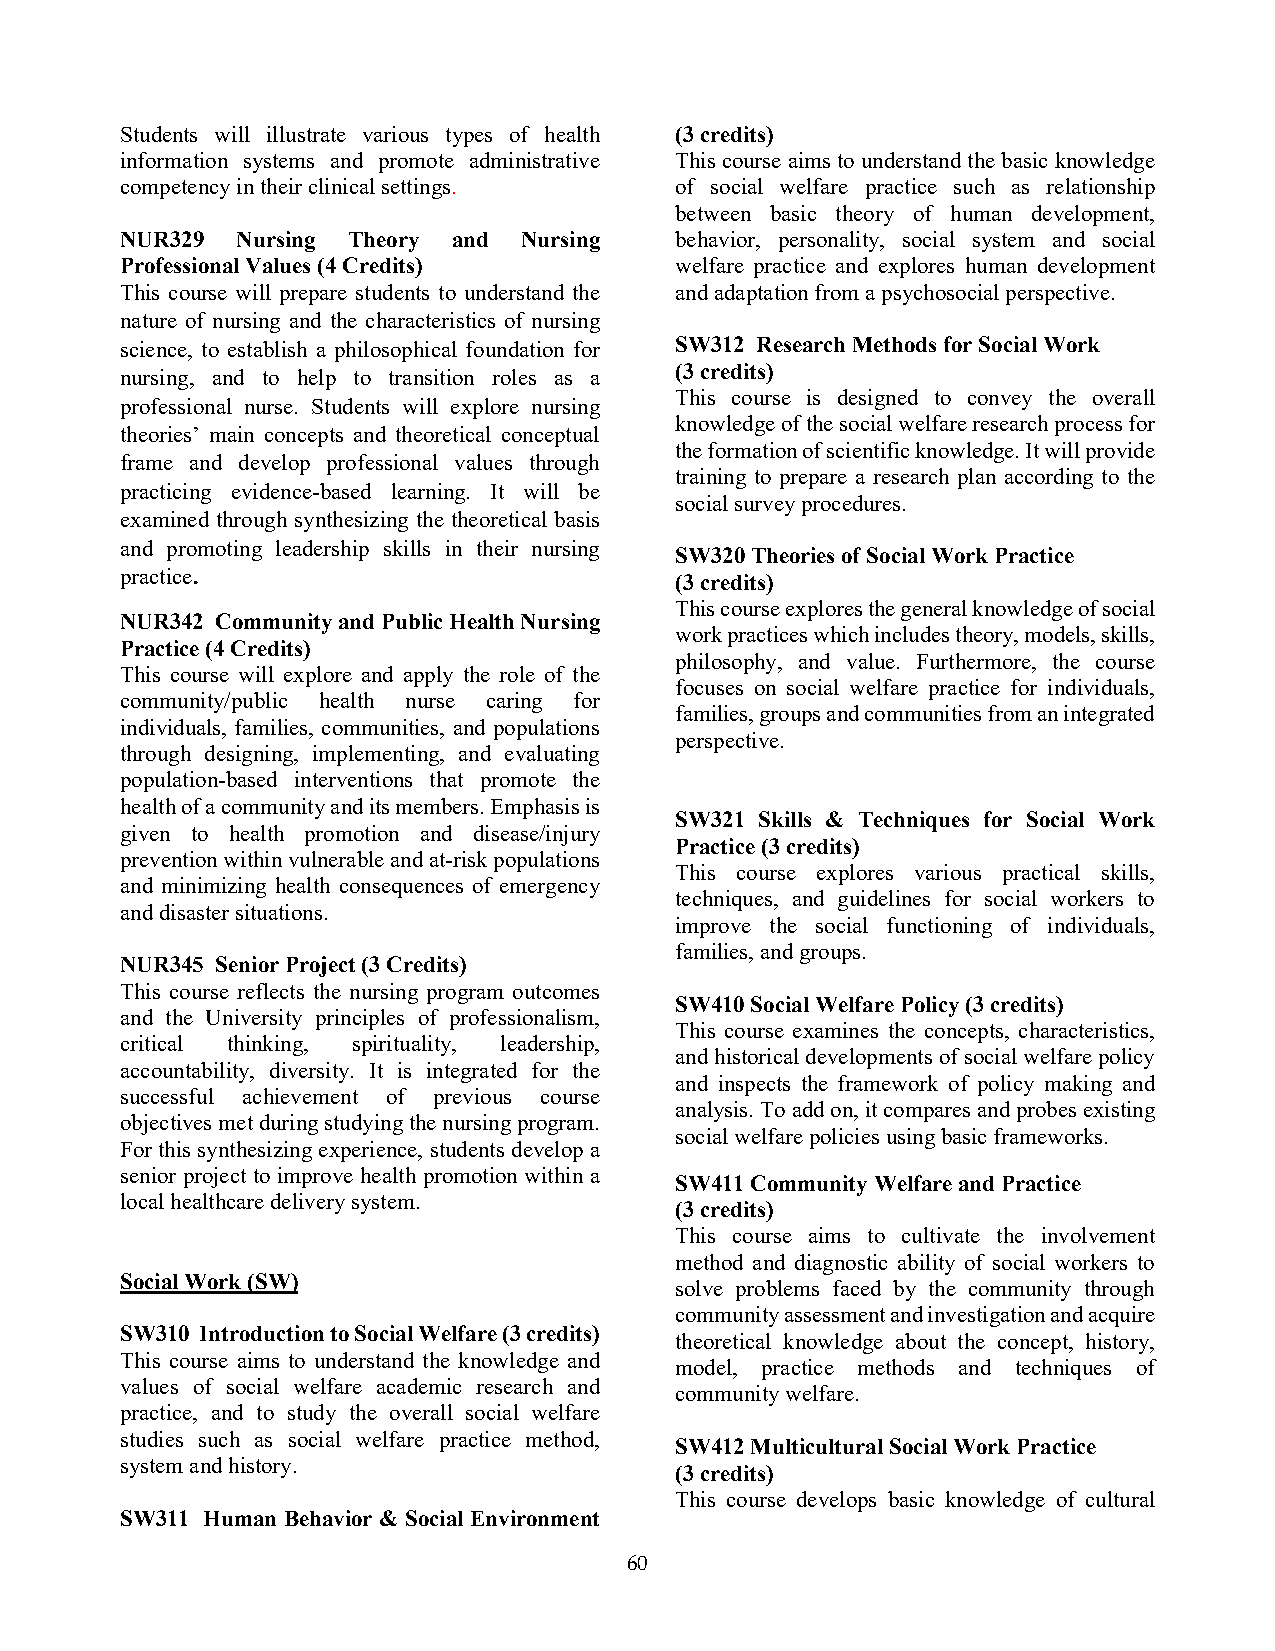
Students will illustrate various types of health (3 credits)
 information systems and promote administrative This course aims to understand the basic knowledge
 competency in their clinical settings. of social welfare practice such as relationship
 between basic theory of human development,
 NUR329  Nursing Theory and Nursing   behavior, personality, social system and social
 Professional Values (4 Credits)      welfare practice and explores human development
 This course will prepare students to understand the and adaptation from a psychosocial perspective.
 nature of nursing and the characteristics of nursing
 science, to establish a philosophical foundation for SW312 Research Methods for Social Work
 (3 credits)
 nursing, and to help to transition roles as a
 This course is designed to convey the overall
 professional nurse. Students will explore nursing
 knowledge of the social welfare research process for
 theories’ main concepts and theoretical conceptual
 the formation of scientific knowledge. It will provide
 frame and develop professional values through
 training to prepare a research plan according to the
 practicing evidence-based learning. It will be
 social survey procedures.
 examined through synthesizing the theoretical basis
 and promoting leadership skills in their nursing
 SW320 Theories of Social Work Practice
 practice.                            (3 credits)
 This course explores the general knowledge of social
 NUR342 Community and Public Health Nursing
 work practices which includes theory, models, skills,
 Practice (4 Credits)
 philosophy, and value. Furthermore, the course
 This course will explore and apply the role of the
 focuses on social welfare practice for individuals,
 community/public health nurse caring for
 families, groups and communities from an integrated
 individuals, families, communities, and populations
 perspective.
 through designing, implementing, and evaluating
 population-based interventions that promote the
 health of a community and its members. Emphasis is
 SW321 Skills & Techniques for Social Work
 given to health promotion and disease/injury
 Practice (3 credits)
 prevention within vulnerable and at-risk populations
 This course explores various practical skills,
 and minimizing health consequences of emergency
 techniques, and guidelines for social workers to
 and disaster situations.
 improve the social functioning of individuals,
 families, and groups.
 NUR345 Senior Project (3 Credits)
 This course reflects the nursing program outcomes
 SW410 Social Welfare Policy (3 credits)
 and the University principles of professionalism,
 This course examines the concepts, characteristics,
 critical thinking, spirituality, leadership,
 and historical developments of social welfare policy
 accountability, diversity. It is integrated for the
 and inspects the framework of policy making and
 successful achievement of previous course
 analysis. To add on, it compares and probes existing
 objectives met during studying the nursing program.
 social welfare policies using basic frameworks.
 For this synthesizing experience, students develop a
 senior project to improve health promotion within a
 SW411 Community Welfare and Practice
 local healthcare delivery system.
 (3 credits)
 This course aims to cultivate the involvement
 method and diagnostic ability of social workers to
 Social Work (SW)
 solve problems faced by the community through
 community assessment and investigation and acquire
 SW310 Introduction to Social Welfare (3 credits)
 theoretical knowledge about the concept, history,
 This course aims to understand the knowledge and
 model, practice methods and techniques of
 values of social welfare academic research and
 community welfare.
 practice, and to study the overall social welfare
 studies such as social welfare practice method,
 SW412 Multicultural Social Work Practice
 system and history.
 (3 credits)
 This course develops basic knowledge of cultural
 SW311 Human Behavior & Social Environment
 60